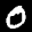
Digit: 8